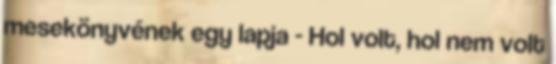
mesekönyvének egy lapja - Hol volt, hol nem volt